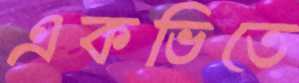
একভিতে